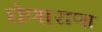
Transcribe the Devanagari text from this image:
घेणाराणा